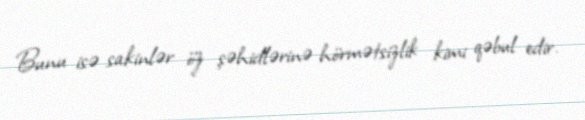
Bunu isə sakinlər öz şəhidlərinə hörmətsizlik kimi qəbul edir.